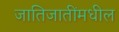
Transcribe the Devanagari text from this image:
जातिजातींमधील